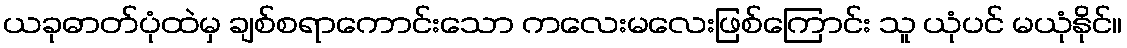
ယခုဓာတ်ပုံထဲမှ ချစ်စရာကောင်းသော ကလေးမလေးဖြစ်ကြောင်း သူ ယုံပင် မယုံနိုင်။